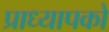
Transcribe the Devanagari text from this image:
प्राध्यापको